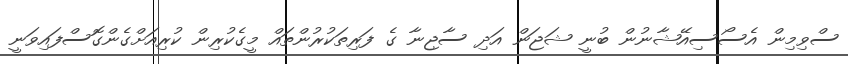
ސްވިމިން އެސޯސިއޭޝާނުން ބުނީ ޝަޖަން އަދި ސާޖިނާ ގެ ފަރިތަކުރުންތައް މީގެކުރިން ކުރިއަށްގެންގޮސްފައިވަނީ